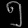
Digit: ၅